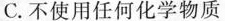
C.不使用任何化学物质